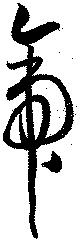
帝